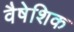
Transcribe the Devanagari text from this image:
वैषेशिक